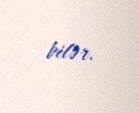
bilər.